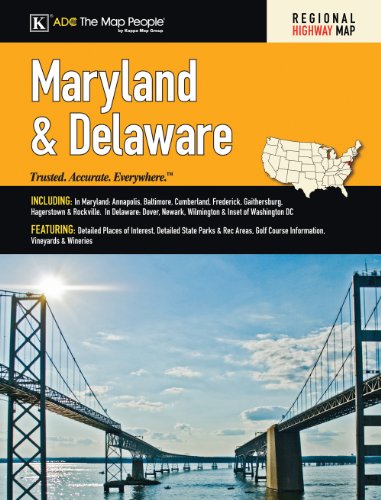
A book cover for MD/De State Road Atlas (American Map); ADC the Map People; Travel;